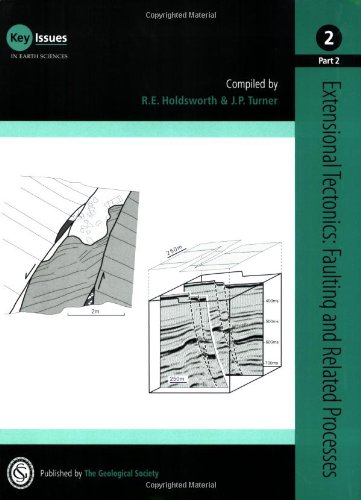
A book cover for Extensional Tectonics: Faulting and Fault-Related Processes (Key Issues in Earth Sciences); R. E. Holdsworth; Science & Math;